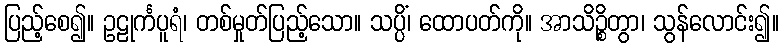
ပြည့်စေ၍။ ဥဠုင်္ကပူရံ၊ တစ်မှုတ်ပြည့်သော။ သပ္ပိံ၊ ထောပတ်ကို။ အာသိဉ္စိတွာ၊ သွန်လောင်း၍။